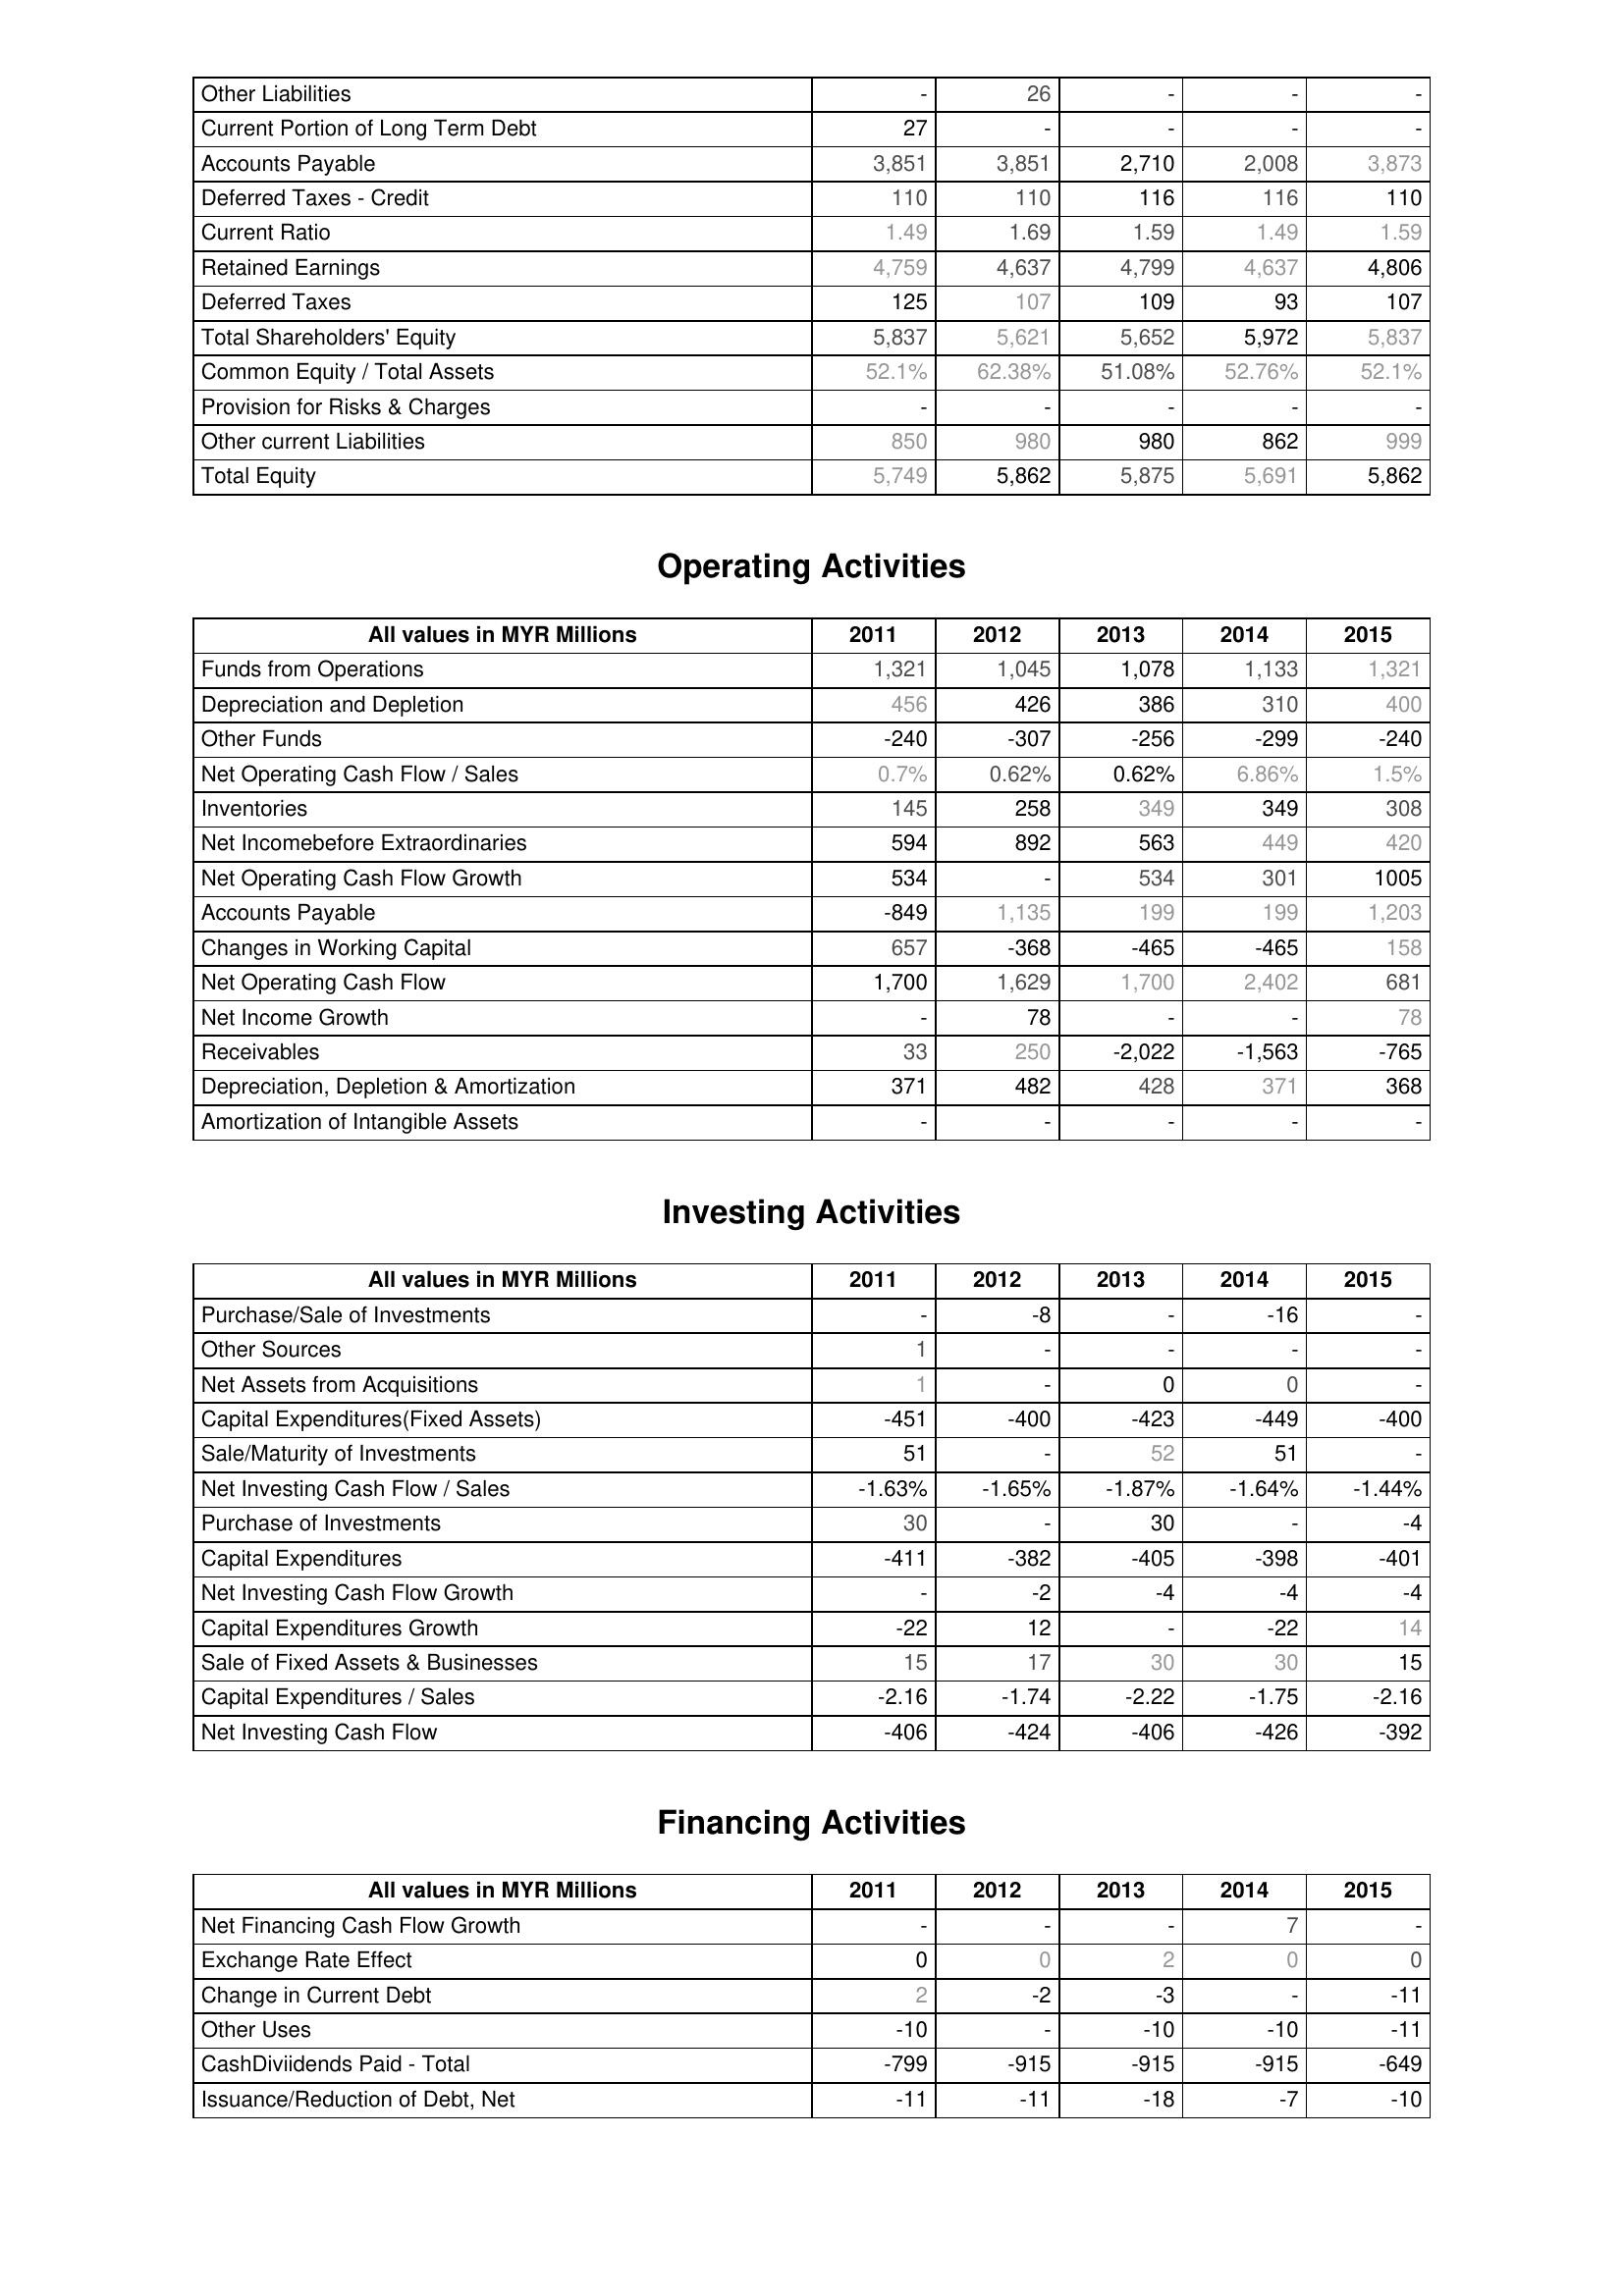
2011: Liabilities & Shareholder's Equity: Other Liabilities: -
Current Portion of Long Term Debt: 27
Accounts Payable: 3,851
Deferred Taxes - Credit: 110
Current Ratio: 1.49
Retained Earnings: 4,759
Deferred Taxes: 125
Total Shareholders' Equity: 5,837
Common Equity / Total Assets: 52.1%
Provision for Risks & Charges: -
Other current Liabilities: 850
Total Equity: 5,749
Operating Activities: Funds from Operations: 1,321
Depreciation and Depletion: 456
Other Funds: -240
Net Operating Cash Flow / Sales: 0.7%
Inventories: 145
Net Incomebefore Extraordinaries: 594
Net Operating Cash Flow Growth: 534
Accounts Payable: -849
Changes in Working Capital: 657
Net Operating Cash Flow: 1,700
Net Income Growth: -
Receivables: 33
Depreciation, Depletion & Amortization: 371
Amortization of Intangible Assets: -
Investing Activities: Purchase/Sale of Investments: -
Other Sources: 1
Net Assets from Acquisitions: 1
Capital Expenditures(Fixed Assets): -451
Sale/Maturity of Investments: 51
Net Investing Cash Flow / Sales: -1.63%
Purchase of Investments: 30
Capital Expenditures: -411
Net Investing Cash Flow Growth: -
Capital Expenditures Growth: -22
Sale of Fixed Assets & Businesses: 15
Capital Expenditures / Sales: -2.16
Net Investing Cash Flow: -406
Financing Activities: Net Financing Cash Flow Growth: -
Exchange Rate Effect: 0
Change in Current Debt: 2
Other Uses: -10
CashDiviidends Paid - Total: -799
Issuance/Reduction of Debt, Net: -11
2012: Liabilities & Shareholder's Equity: Other Liabilities: 26
Current Portion of Long Term Debt: -
Accounts Payable: 3,851
Deferred Taxes - Credit: 110
Current Ratio: 1.69
Retained Earnings: 4,637
Deferred Taxes: 107
Total Shareholders' Equity: 5,621
Common Equity / Total Assets: 62.38%
Provision for Risks & Charges: -
Other current Liabilities: 980
Total Equity: 5,862
Operating Activities: Funds from Operations: 1,045
Depreciation and Depletion: 426
Other Funds: -307
Net Operating Cash Flow / Sales: 0.62%
Inventories: 258
Net Incomebefore Extraordinaries: 892
Net Operating Cash Flow Growth: -
Accounts Payable: 1,135
Changes in Working Capital: -368
Net Operating Cash Flow: 1,629
Net Income Growth: 78
Receivables: 250
Depreciation, Depletion & Amortization: 482
Amortization of Intangible Assets: -
Investing Activities: Purchase/Sale of Investments: -8
Other Sources: -
Net Assets from Acquisitions: -
Capital Expenditures(Fixed Assets): -400
Sale/Maturity of Investments: -
Net Investing Cash Flow / Sales: -1.65%
Purchase of Investments: -
Capital Expenditures: -382
Net Investing Cash Flow Growth: -2
Capital Expenditures Growth: 12
Sale of Fixed Assets & Businesses: 17
Capital Expenditures / Sales: -1.74
Net Investing Cash Flow: -424
Financing Activities: Net Financing Cash Flow Growth: -
Exchange Rate Effect: 0
Change in Current Debt: -2
Other Uses: -
CashDiviidends Paid - Total: -915
Issuance/Reduction of Debt, Net: -11
2013: Liabilities & Shareholder's Equity: Other Liabilities: -
Current Portion of Long Term Debt: -
Accounts Payable: 2,710
Deferred Taxes - Credit: 116
Current Ratio: 1.59
Retained Earnings: 4,799
Deferred Taxes: 109
Total Shareholders' Equity: 5,652
Common Equity / Total Assets: 51.08%
Provision for Risks & Charges: -
Other current Liabilities: 980
Total Equity: 5,875
Operating Activities: Funds from Operations: 1,078
Depreciation and Depletion: 386
Other Funds: -256
Net Operating Cash Flow / Sales: 0.62%
Inventories: 349
Net Incomebefore Extraordinaries: 563
Net Operating Cash Flow Growth: 534
Accounts Payable: 199
Changes in Working Capital: -465
Net Operating Cash Flow: 1,700
Net Income Growth: -
Receivables: -2,022
Depreciation, Depletion & Amortization: 428
Amortization of Intangible Assets: -
Investing Activities: Purchase/Sale of Investments: -
Other Sources: -
Net Assets from Acquisitions: 0
Capital Expenditures(Fixed Assets): -423
Sale/Maturity of Investments: 52
Net Investing Cash Flow / Sales: -1.87%
Purchase of Investments: 30
Capital Expenditures: -405
Net Investing Cash Flow Growth: -4
Capital Expenditures Growth: -
Sale of Fixed Assets & Businesses: 30
Capital Expenditures / Sales: -2.22
Net Investing Cash Flow: -406
Financing Activities: Net Financing Cash Flow Growth: -
Exchange Rate Effect: 2
Change in Current Debt: -3
Other Uses: -10
CashDiviidends Paid - Total: -915
Issuance/Reduction of Debt, Net: -18
2014: Liabilities & Shareholder's Equity: Other Liabilities: -
Current Portion of Long Term Debt: -
Accounts Payable: 2,008
Deferred Taxes - Credit: 116
Current Ratio: 1.49
Retained Earnings: 4,637
Deferred Taxes: 93
Total Shareholders' Equity: 5,972
Common Equity / Total Assets: 52.76%
Provision for Risks & Charges: -
Other current Liabilities: 862
Total Equity: 5,691
Operating Activities: Funds from Operations: 1,133
Depreciation and Depletion: 310
Other Funds: -299
Net Operating Cash Flow / Sales: 6.86%
Inventories: 349
Net Incomebefore Extraordinaries: 449
Net Operating Cash Flow Growth: 301
Accounts Payable: 199
Changes in Working Capital: -465
Net Operating Cash Flow: 2,402
Net Income Growth: -
Receivables: -1,563
Depreciation, Depletion & Amortization: 371
Amortization of Intangible Assets: -
Investing Activities: Purchase/Sale of Investments: -16
Other Sources: -
Net Assets from Acquisitions: 0
Capital Expenditures(Fixed Assets): -449
Sale/Maturity of Investments: 51
Net Investing Cash Flow / Sales: -1.64%
Purchase of Investments: -
Capital Expenditures: -398
Net Investing Cash Flow Growth: -4
Capital Expenditures Growth: -22
Sale of Fixed Assets & Businesses: 30
Capital Expenditures / Sales: -1.75
Net Investing Cash Flow: -426
Financing Activities: Net Financing Cash Flow Growth: 7
Exchange Rate Effect: 0
Change in Current Debt: -
Other Uses: -10
CashDiviidends Paid - Total: -915
Issuance/Reduction of Debt, Net: -7
2015: Liabilities & Shareholder's Equity: Other Liabilities: -
Current Portion of Long Term Debt: -
Accounts Payable: 3,873
Deferred Taxes - Credit: 110
Current Ratio: 1.59
Retained Earnings: 4,806
Deferred Taxes: 107
Total Shareholders' Equity: 5,837
Common Equity / Total Assets: 52.1%
Provision for Risks & Charges: -
Other current Liabilities: 999
Total Equity: 5,862
Operating Activities: Funds from Operations: 1,321
Depreciation and Depletion: 400
Other Funds: -240
Net Operating Cash Flow / Sales: 1.5%
Inventories: 308
Net Incomebefore Extraordinaries: 420
Net Operating Cash Flow Growth: 1005
Accounts Payable: 1,203
Changes in Working Capital: 158
Net Operating Cash Flow: 681
Net Income Growth: 78
Receivables: -765
Depreciation, Depletion & Amortization: 368
Amortization of Intangible Assets: -
Investing Activities: Purchase/Sale of Investments: -
Other Sources: -
Net Assets from Acquisitions: -
Capital Expenditures(Fixed Assets): -400
Sale/Maturity of Investments: -
Net Investing Cash Flow / Sales: -1.44%
Purchase of Investments: -4
Capital Expenditures: -401
Net Investing Cash Flow Growth: -4
Capital Expenditures Growth: 14
Sale of Fixed Assets & Businesses: 15
Capital Expenditures / Sales: -2.16
Net Investing Cash Flow: -392
Financing Activities: Net Financing Cash Flow Growth: -
Exchange Rate Effect: 0
Change in Current Debt: -11
Other Uses: -11
CashDiviidends Paid - Total: -649
Issuance/Reduction of Debt, Net: -10